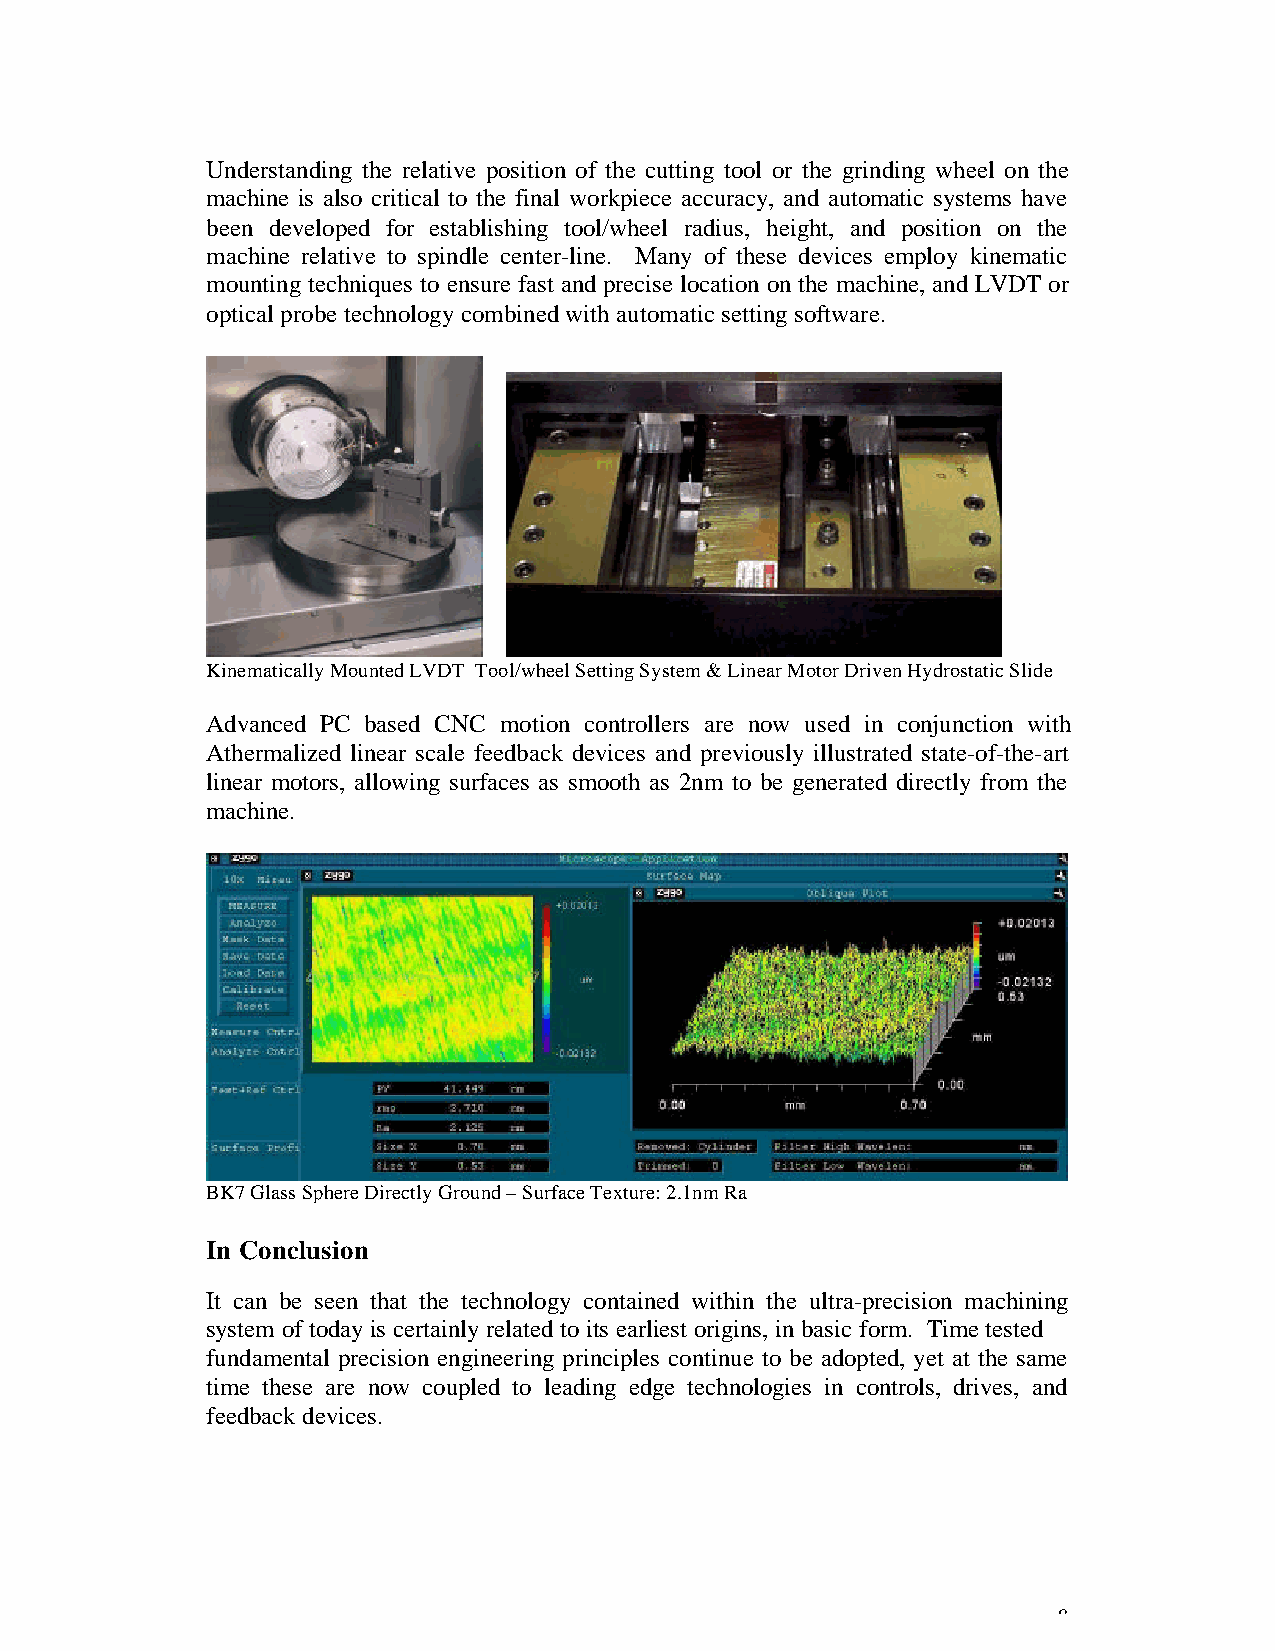
Understanding the relative position of the cutting tool or the grinding wheel on the
 machine is also critical to the final workpiece accuracy, and automatic systems have
 been developed for establishing tool/wheel radius, height, and position on the
 machine relative to spindle center-line. Many of these devices employ kinematic
 mounting techniques to ensure fast and precise location on the machine, and LVDT or
 optical probe technology combined with automatic setting software.
 Kinematically Mounted LVDT Tool/wheel Setting System & Linear Motor Driven Hydrostatic Slide
 Advanced PC based CNC motion controllers are now used in conjunction with
 Athermalized linear scale feedback devices and previously illustrated state-of-the-art
 linear motors, allowing surfaces as smooth as 2nm to be generated directly from the
 machine.
 BK7 Glass Sphere Directly Ground – Surface Texture: 2.1nm Ra
 In Conclusion
 It can be seen that the technology contained within the ultra-precision machining
 system of today is certainly related to its earliest origins, in basic form. Time tested
 fundamental precision engineering principles continue to be adopted, yet at the same
 time these are now coupled to leading edge technologies in controls, drives, and
 feedback devices.
 8